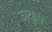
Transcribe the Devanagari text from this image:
ञकुप